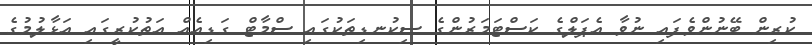
ކުރިން ބޭނުންވެފައި ނުވާ އެޕަލްގެ ކަސްޓަމަރުންގެ ސިކުނޑިތަކުގައި ސްމާޓް ގަޑިއެއް އަތުކުރީގައި އަޅާލުމުގެ